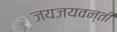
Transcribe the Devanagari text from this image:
जयजयवन्ती